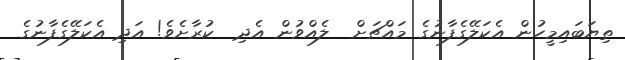
ތިޔަބައިމީހުން އެކަލޭގެފާނުގެ މައްޗަށް  ލެއްވުން އެދި  ކުރާށެވެ! އަދި އެކަލޭގެފާނުގެ